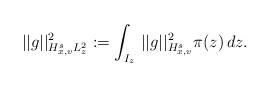
LaTeX: \begin{align*} ||g||_{H_{x,v}^{s} L_z^2}^2 := \int_{I_z}\, ||g||_{H_{x,v}^s}^2 \pi(z)\, dz. \end{align*}